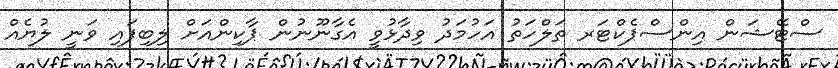
ސްޓޭޝަން އިންސްޕެކްޓަރ ތަލްހަތު އަހުމަދު ވިދާޅުވީ އެގާނޫނުން ޕާކިންއަށް ލިބިފައި ވަނީ ލުޔެއް